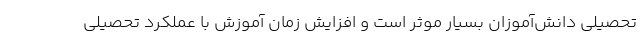
تحصیلی دانش‌آموزان بسیار موثر است و افزایش زمان آموزش با عملکرد تحصیلی